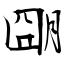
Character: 朙